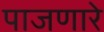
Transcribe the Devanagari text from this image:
पाजणारे